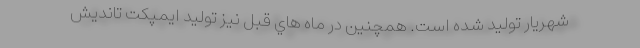
شهريار تولید شده است. همچنین در ماه هاي قبل نيز توليد ايمپكت تانديش